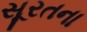
સૂરતના